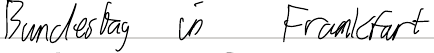
Bundestag in Frankfurt